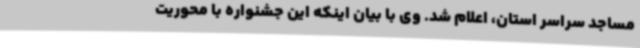
مساجد سراسر استان، اعلام شد. وی با بیان اینکه این جشنواره با محوریت